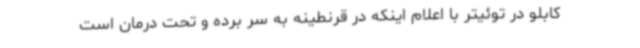
کابلو در توئیتر با اعلام اینکه در قرنطینه به سر برده و تحت درمان است